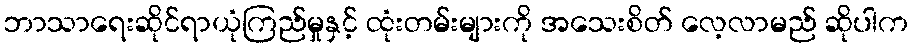
ဘာသာရေးဆိုင်ရာယုံကြည်မှုနှင့် ထုံးတမ်းများကို အသေးစိတ် လေ့လာမည် ဆိုပါက